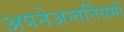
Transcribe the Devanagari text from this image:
अपनेअन्तर्नियमों